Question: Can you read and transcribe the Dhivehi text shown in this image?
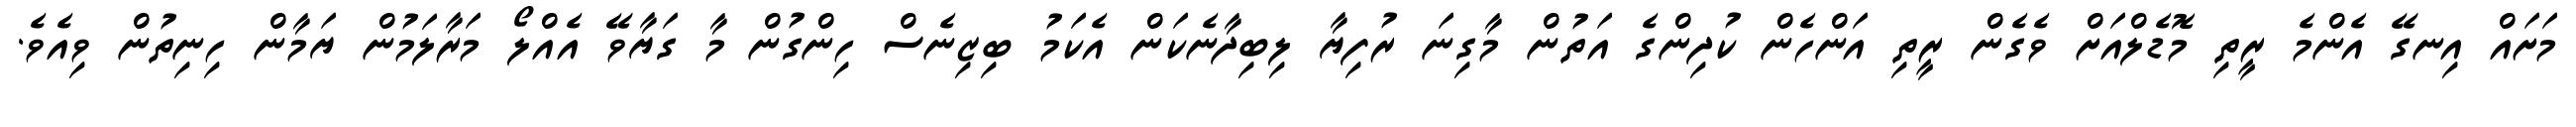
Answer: މަށައް އިނގޭ އެންމެ ރީތި މޮޑެލްއަށް ވެގެން ރީތި އަންހެން ކުދިންގެ އަތުން މާގިނަ ރުފިޔާ ލިބިދާނެކަން އެކަމު ބިޒިނެސް ހިންގުން މާ ގަޔާވޭ އެއްލޯ މަރާލަމުން ޔަމާން ހިނިތުން ވިއެވެ.